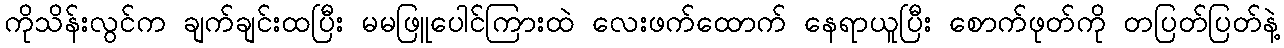
ကိုသိန်းလွင်က ချက်ချင်းထပြီး မမဖြူပေါင်ကြားထဲ လေးဖက်ထောက် နေရာယူပြီး စောက်ဖုတ်ကို တပြတ်ပြတ်နဲ့